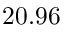
2 0 . 9 6